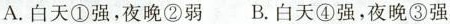
A.白天①强，夜晚②弱 B.白天④强，夜晚③强